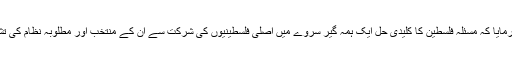
آپ نے فرمایا کہ مسئلہ فلسطین کا کلیدی حل ایک ہمہ گیر سروے میں اصلی فلسطینیوں کی شرکت سے ان کے منتخب اور مطلوبہ نظام کی تشکیل ہے۔